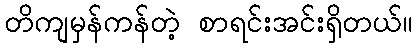
တိကျမှန်ကန်တဲ့ စာရင်းအင်းရှိတယ်။